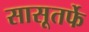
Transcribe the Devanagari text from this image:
सासूतर्फे